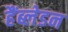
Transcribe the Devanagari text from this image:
हैंब्लेडन